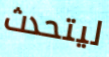
ليتحدث